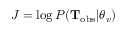
J = \log P ( \mathbf { T } _ { \mathrm { o b s } } | \boldsymbol { \theta } _ { v } )